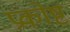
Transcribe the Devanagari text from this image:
प्रकोष्ट